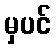
မှပင်